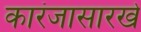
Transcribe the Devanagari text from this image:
कारंजासारखे